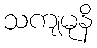
သကျမုနိ